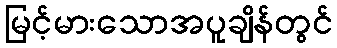
မြင့်မားသောအပူချိန်တွင်